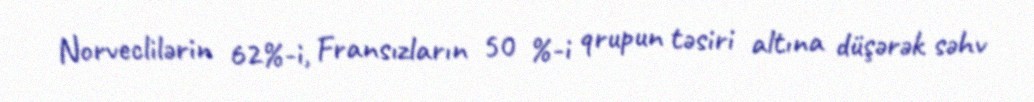
Norveclilərin 62%-i, Fransızların 50 %-i qrupun təsiri altına düşərək səhv